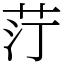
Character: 𦭑